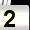
Digit: 2